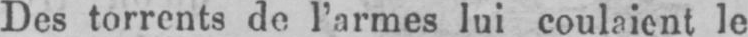
le